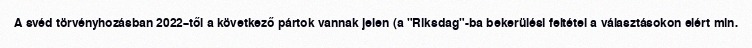
A svéd törvényhozásban 2022–től a következő pártok vannak jelen (a "Riksdag"-ba bekerülési feltétel a választásokon elért min.